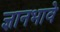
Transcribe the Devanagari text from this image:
ज्ञानभावे